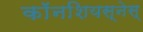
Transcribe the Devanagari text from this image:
काॅनशियस्नेस्